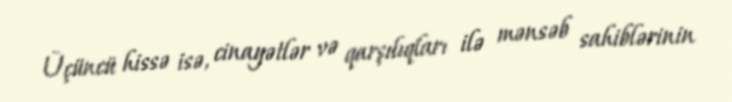
Üçüncü hissə isə, cinayətlər və qarşılıqları ilə mənsəb sahiblərinin